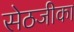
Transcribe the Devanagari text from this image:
सेठजीका